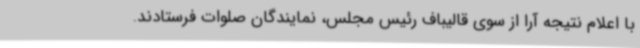
با اعلام نتیجه آرا از سوی قالیباف رئیس مجلس، نمایندگان صلوات فرستادند.